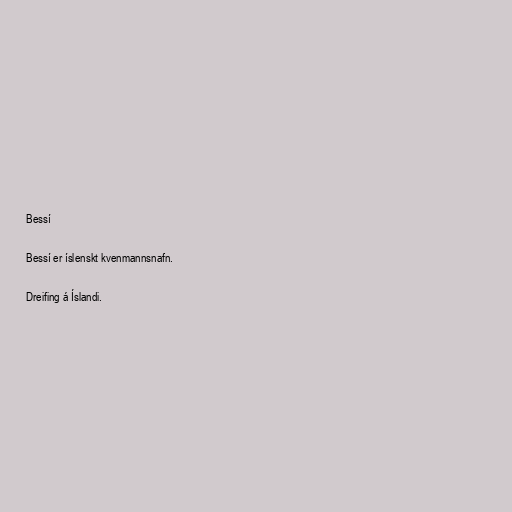
Bessí

Bessí er íslenskt kvenmannsnafn.

Dreifing á Íslandi.